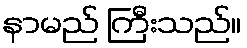
နာမည် ကြီးသည်။